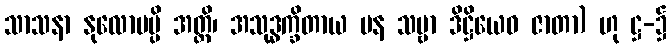
သာသနာ နုလောမမ္ပိ အတ္ထိ၊ အသုဒ္ဓက္ခိတာယ ပန သဗ္ဗာ ဒိဋ္ဌိယေဝ ဇာတာ) ဟု ဋ္ဌ-၌